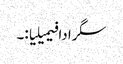
سگرادا فیمیلیا:۔